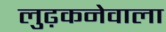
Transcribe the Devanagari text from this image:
लुढ़कनेवाला